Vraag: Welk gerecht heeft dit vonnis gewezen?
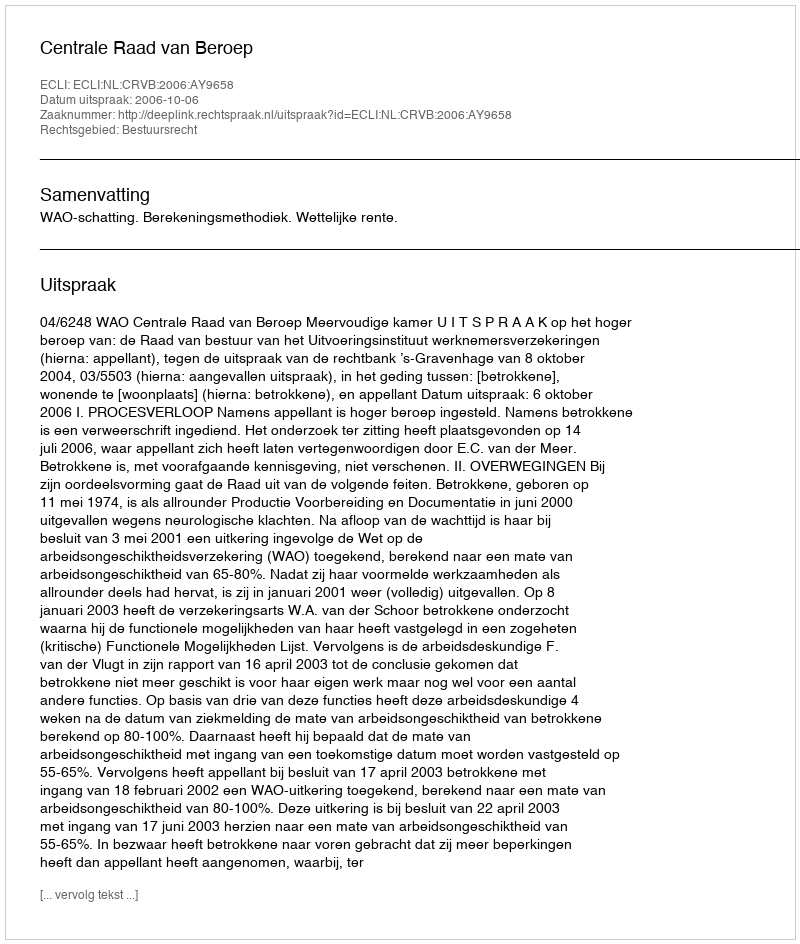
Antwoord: Centrale Raad van Beroep